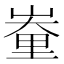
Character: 𨤪